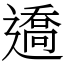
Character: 䢪